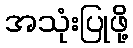
အသုံးပြုဖို့